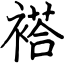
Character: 褡